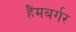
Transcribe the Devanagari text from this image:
हैंमबर्गर